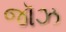
જૉઝ